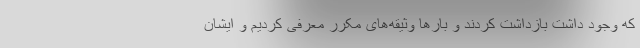
که وجود داشت بازداشت کردند و بار‌ها وثیقه‌های مکرر معرفی کردیم و ایشان